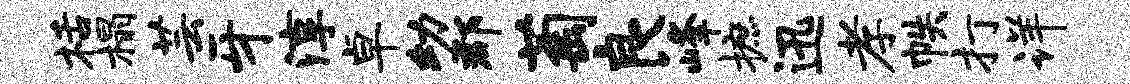
栝榻芸牙淳卓幼郡萄良峰摭迅孝帙打详